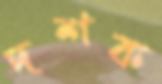
দশক